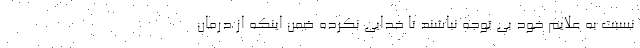
نسبت به علایم خود بی توجه نباشند تا خدایی نکرده ضمن اینکه از درمان